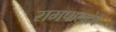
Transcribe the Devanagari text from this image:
रामपालदेव